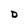
Character: D